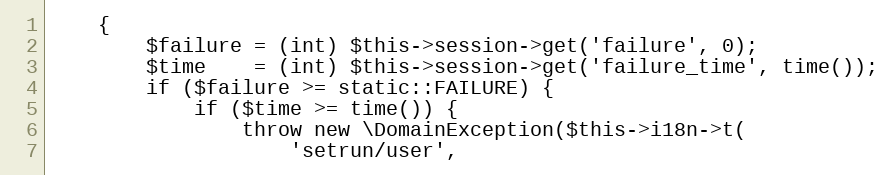
Language: PHP
    {
        $failure = (int) $this->session->get('failure', 0);
        $time    = (int) $this->session->get('failure_time', time());
        if ($failure >= static::FAILURE) {
            if ($time >= time()) {
                throw new \DomainException($this->i18n->t(
                    'setrun/user',